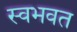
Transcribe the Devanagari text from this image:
स्वभवत